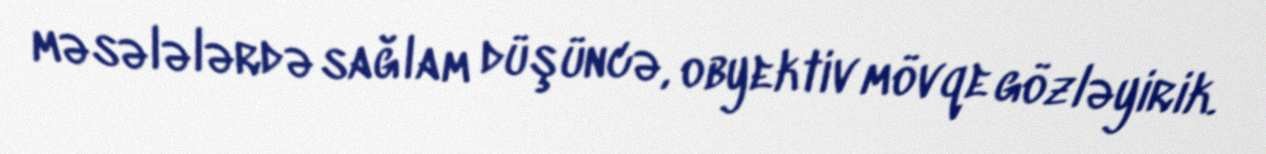
məsələlərdə sağlam düşüncə, obyektiv mövqe gözləyirik.